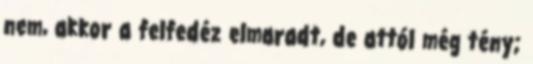
nem, akkor a felfedéz elmaradt, de attól még tény;